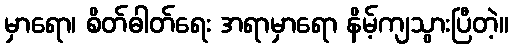
မှာရော၊ စိတ်ဓါတ်ရေး အရာမှာရော နိမ့်ကျသွားပြီတဲ့။